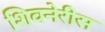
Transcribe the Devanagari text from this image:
शिवनेरीस